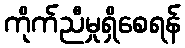
ကိုက်ညီမှုရှိစေရန်